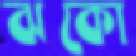
ঝকো